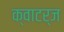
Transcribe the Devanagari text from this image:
क्वाटर्ज